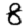
Digit: 8